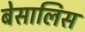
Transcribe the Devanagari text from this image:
बेसालिस